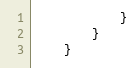
Language: Go
			}
		}
	}